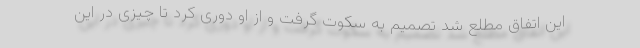
این اتفاق مطلع شد تصمیم به سکوت گرفت و از او دوری کرد تا چیزی در این